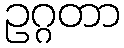
ဥဂ္ဂတာ